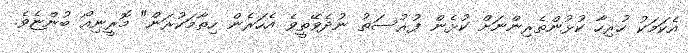
އެކަމަކު ހުރިހާ ކުޅުންތެރިންނަށް ކުޅެން ފުރުސަތު ނުދެވޭތީވެ އެހަރެން ހިތާމަކުރަން" މޮރީނިއޯ ބުންޏެވެ.